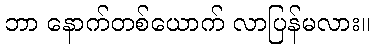
ဘာ နောက်တစ်ယောက် လာပြန်မလား။